画像に写った文字を読んでください
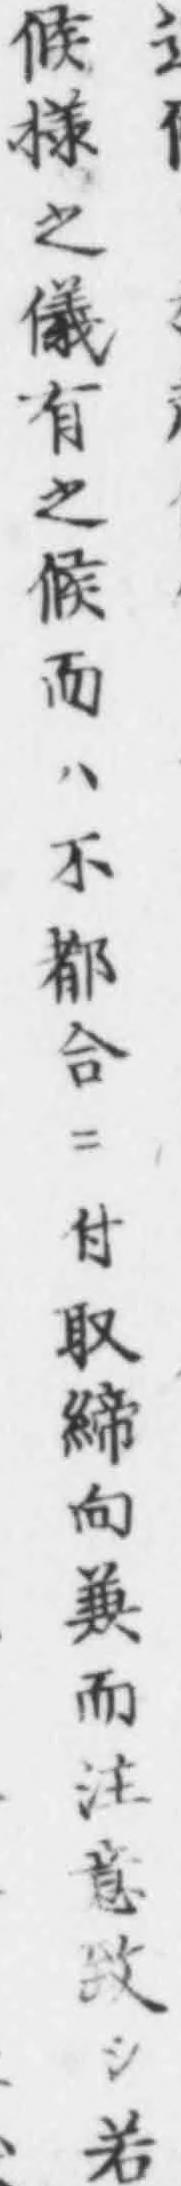
「候様之儀有之候而ハ不都合ニ付取締向兼而注意致シ若」と書いてあります